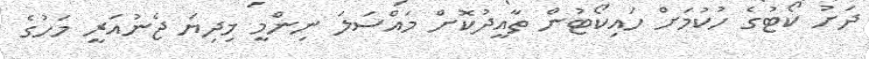
ދަށު ކޯޓުގެ ހުކުމަށް ހައިކޯޓުން ތާއީދުކޮށް މައްސަލަ ނިންމީ މިދިޔަ ޖެނުއަރީ މަހުގެ